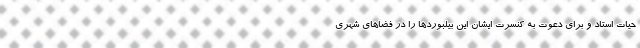
حیات استاد و برای دعوت به کنسرت ایشان این بیلبوردها را در فضاهای شهری